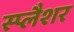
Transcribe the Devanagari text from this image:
स्प्लैशर